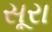
સૂરા